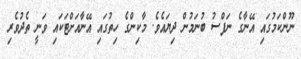
ނޫންކަމުގައި އޭނާގެ ނަފްސު ބުނަމުން ދިޔައެވެ. މާކިންގެ ހިތުގައި އޭނާއަށްޓަކައި ވަނީ ތެދުވެރި